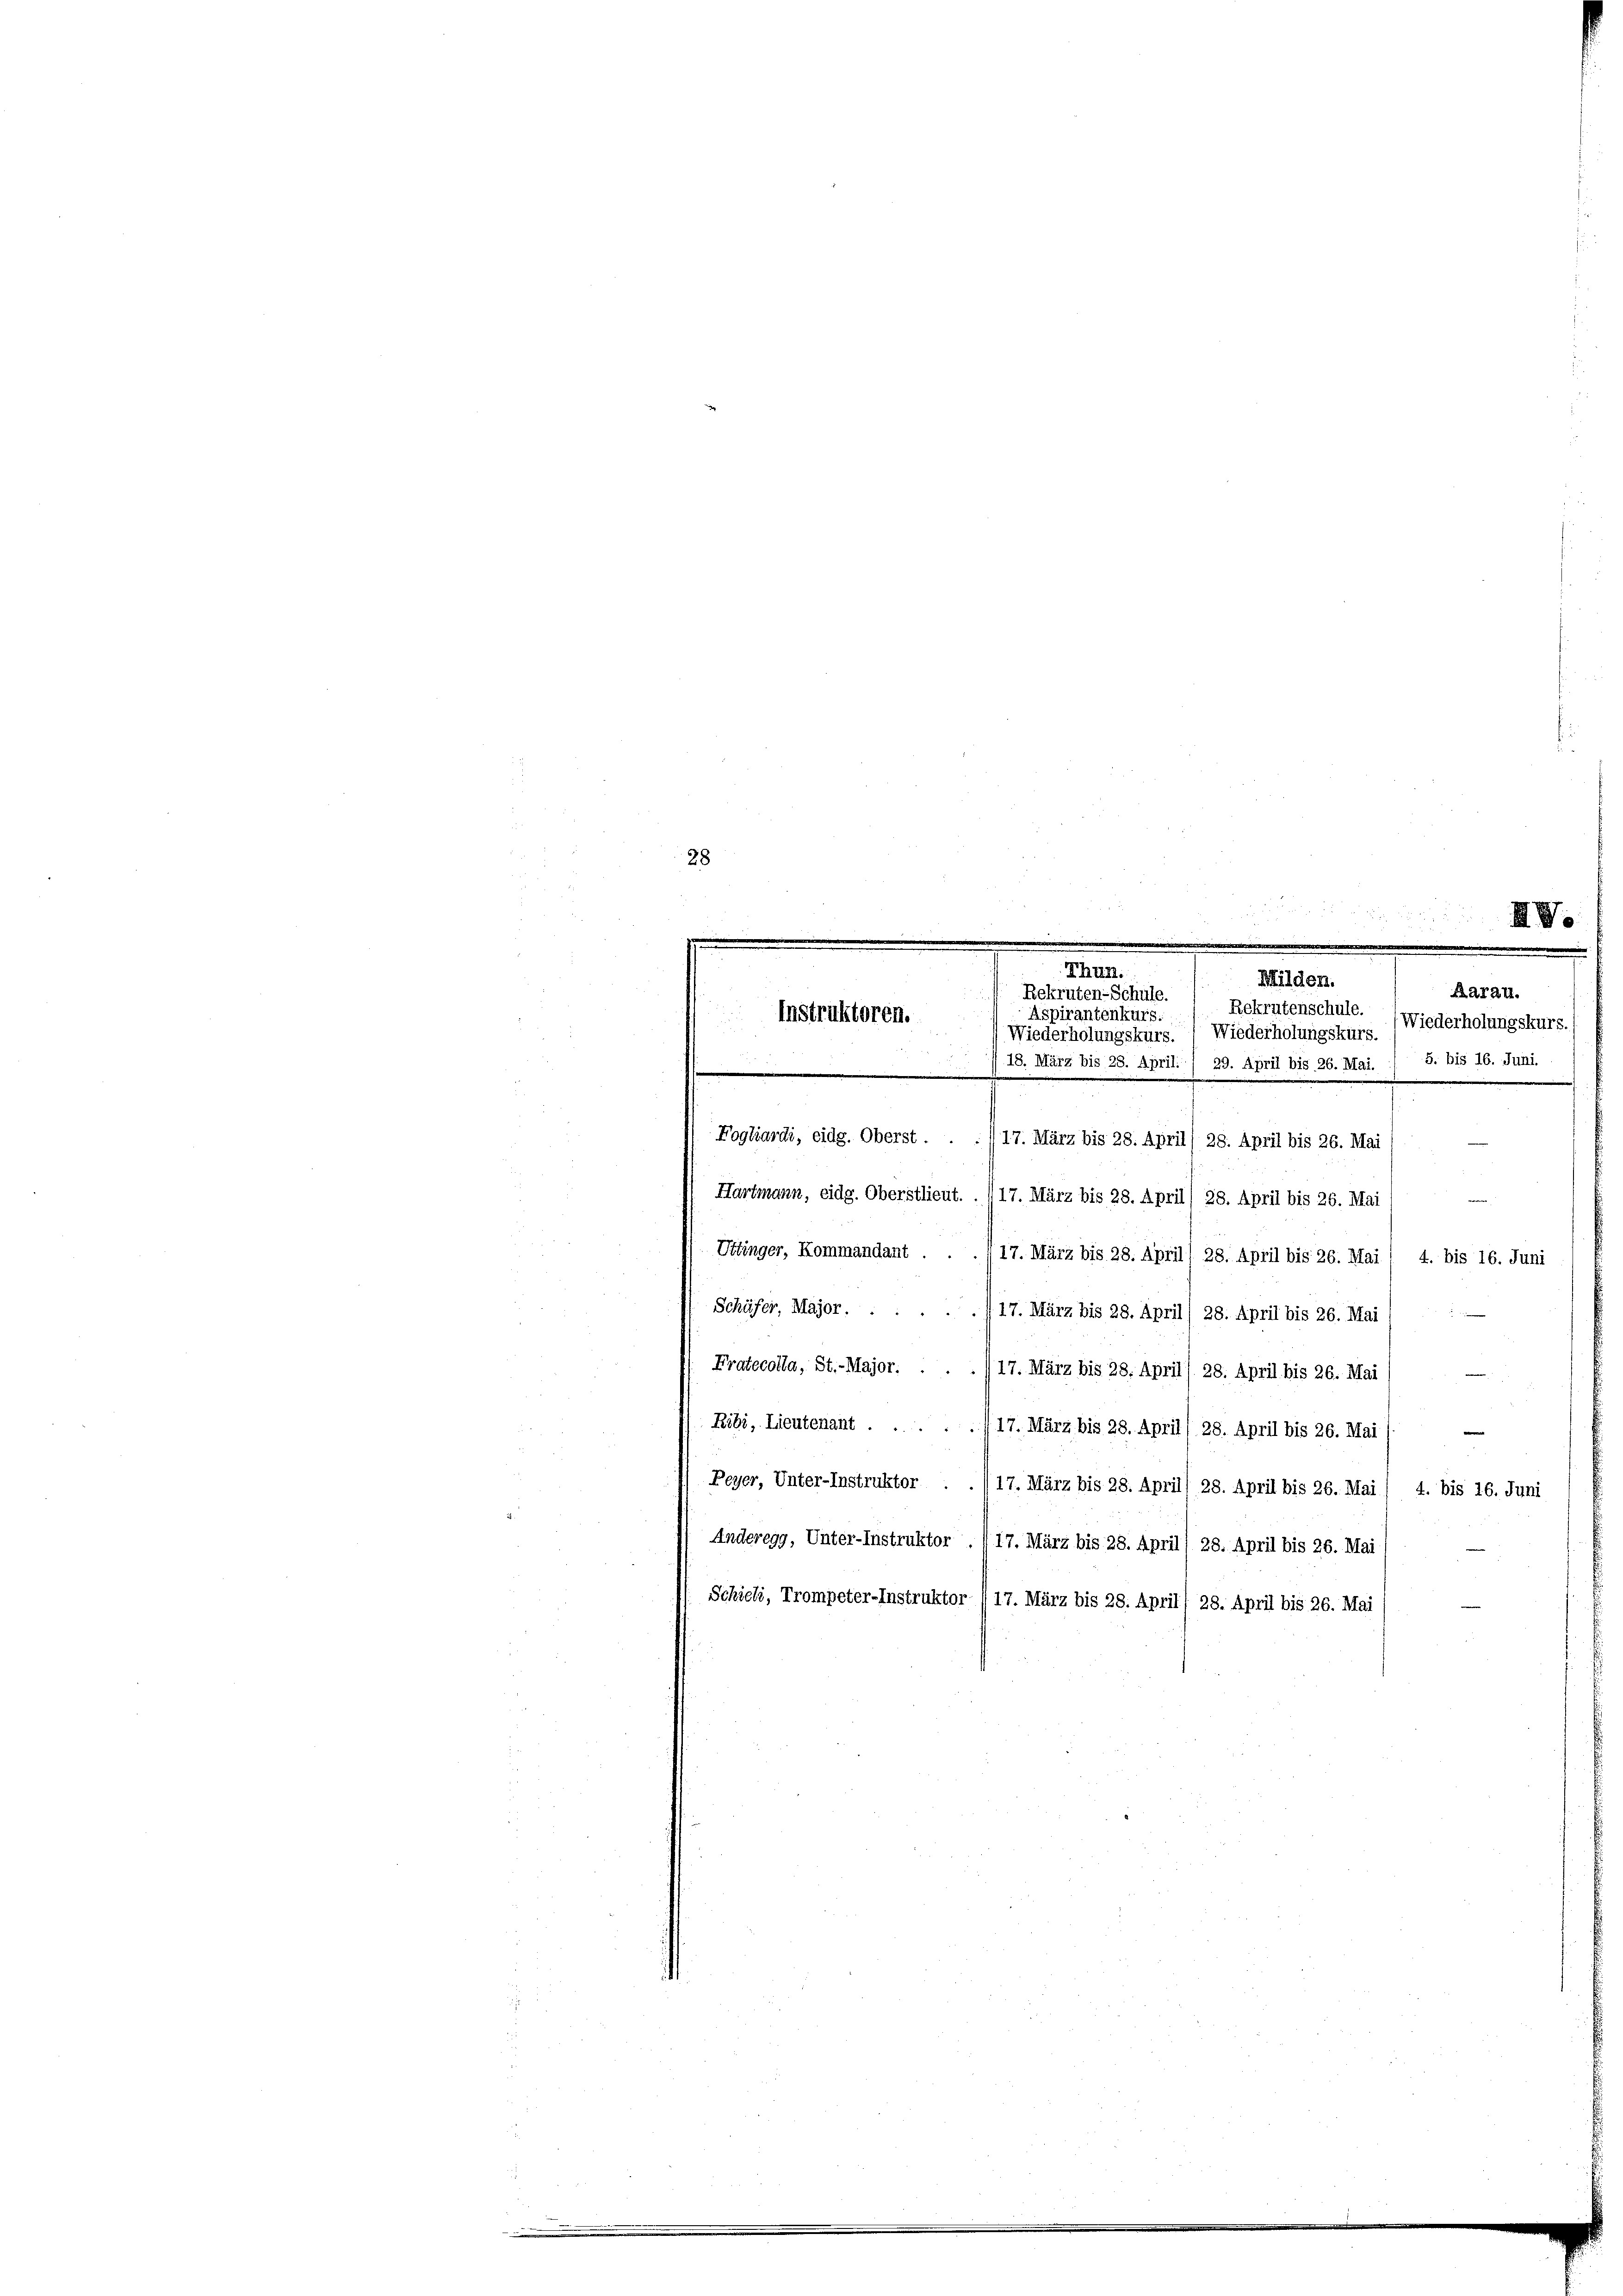
28

Foghardi, eidg. Oberst . . . 17. März bis 28. April) 28. April bis 26. Mai
Hartmann, eidg. Oberstlieut. . 117. März bis 28. April) 28. April bis 26. Mai
Uttinger, Kommandant . . . 17. März bis 28. April) 28. April bis 26. Mai / 4. bis 16. Juni
17. März bis 28. April) 28. April bis 26. Mai
Pratecolla, St.-Major. . . . 17. März bis 28. April) 28. April bis 26. Mai) —
Ribi, Lieutenant . . . . . 17. März bis 28. April) 28. April bis 26. Mai /. —
Peyer, Unter-Instruktor . ./17. März bis 28. Aprill 28. April bis 26. Mai / 4. bis 16. Juni
Anderegg, Unter-Instruktor ./17. März bis 28. April) 28. April bis 26. Mai
Schieli, Trompeter-Instruktor /17. März bis 28. April) 28. April bis 26. Mai

Schüfer, Major.

Instruktoren.

.
Milden.
Rekruten-Schule.
Aspirantenkurs.
Wiederholungskurs.) Wiederholungskurs.
/18. März bis 28. April. 1 29. April bis 26. Mai. / 5. bis 16. Juni.

Rekrutenschule. (Wiederholungskurs.

Aarau.